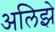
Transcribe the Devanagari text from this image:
अलिझे